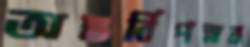
অন্তর্বিপস্নব